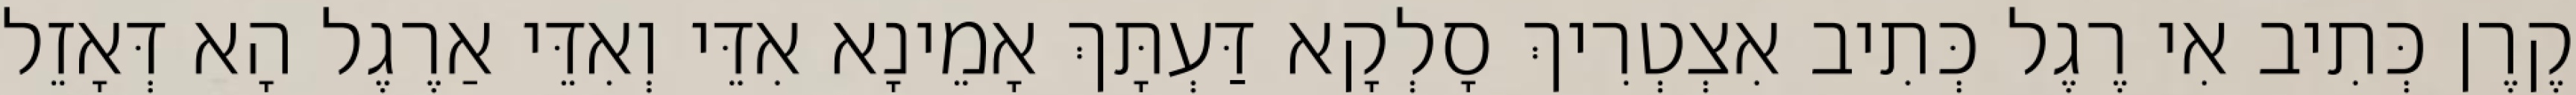
קֶרֶן כְּתִיב אִי רֶגֶל כְּתִיב אִצְטְרִיךְ סָלְקָא דַּעְתָּךְ אָמֵינָא אִדֵּי וְאִדֵּי אַרֶגֶל הָא דְּאָזֵל